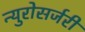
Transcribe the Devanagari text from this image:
न्युरोसर्जरी